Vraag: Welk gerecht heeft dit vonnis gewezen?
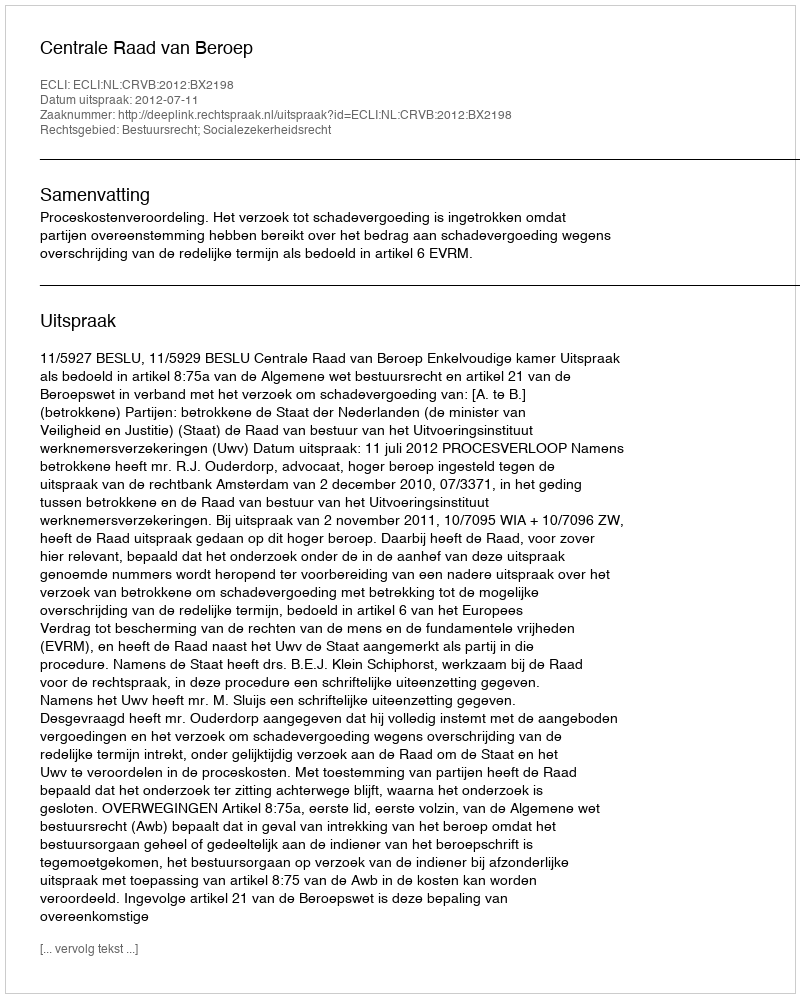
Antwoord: Centrale Raad van Beroep